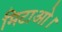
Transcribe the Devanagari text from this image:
मिटाओ।